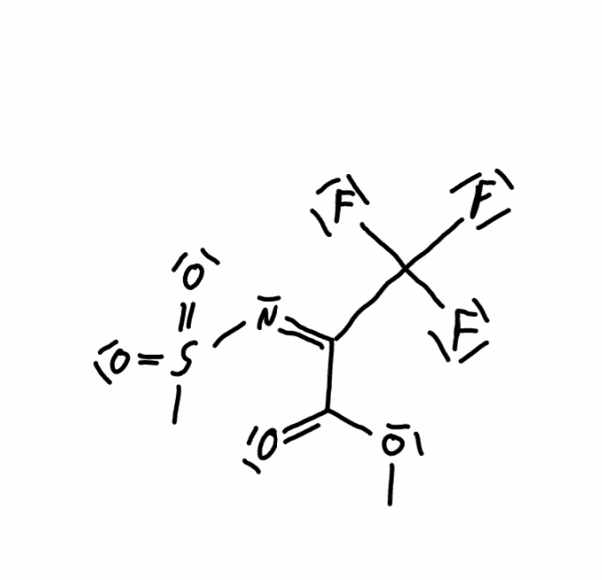
Simplified molecular-input line-entry system (SMILES) notation of the given molecule:
COC(=O)/C(=N\S(=O)(=O)C)/C(F)(F)F